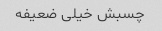
چسبش خیلی ضعیفه